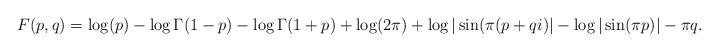
LaTeX: \begin{align*}F(p,q) = \log(p) -\log \Gamma(1-p) - \log\Gamma(1+p) + \log(2\pi) + \log | \sin( \pi(p+qi)| - \log | \sin(\pi p ) | - \pi q.\end{align*}